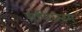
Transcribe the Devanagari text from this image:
मणिरत्‍नम्